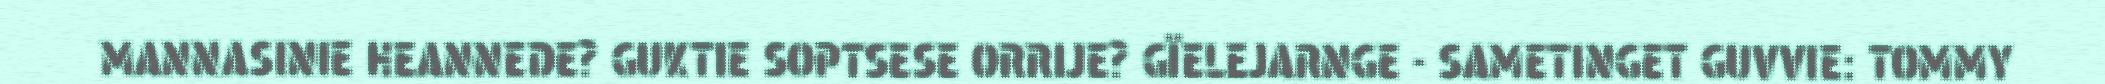
MANNASINIE HEANNEDE? GUKTIE SOPTSESE ORRIJE? GÏELEJARNGE - SAMETINGET GUVVIE: TOMMY